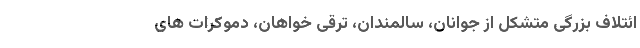
ائتلاف بزرگی متشکل از جوانان، سالمندان، ترقی خواهان، دموکرات های